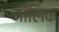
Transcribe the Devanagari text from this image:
माँलिक